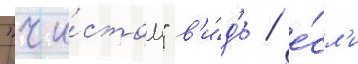
"чи́стом" в'и́д'е / е́сл'и